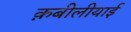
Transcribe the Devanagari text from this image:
क़बीलीयाई